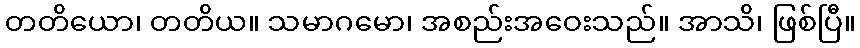
တတိယော၊ တတိယ။ သမာဂမော၊ အစည်းအဝေးသည်။ အာသိ၊ ဖြစ်ပြီ။